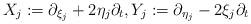
LaTeX: \begin{align*} X_j:=\partial_{\xi_j} + 2 \eta_j \partial_t, Y_j:=\partial_{\eta_j}-2 \xi_j \partial_t \end{align*}